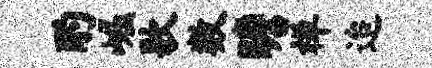
酌崛歌数瞻禅迨